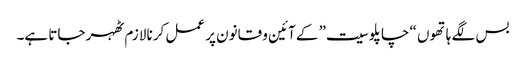
بس لگے ہاتھوں “چاپلوسیت” کے آئین و قانون پر عمل کرنا لازم ٹھہر جاتا ہے۔